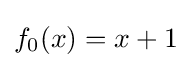
f_{0}(x)=x+1